Report on vaccination in the Province of Bengal - 1874-1889
Year: 1874
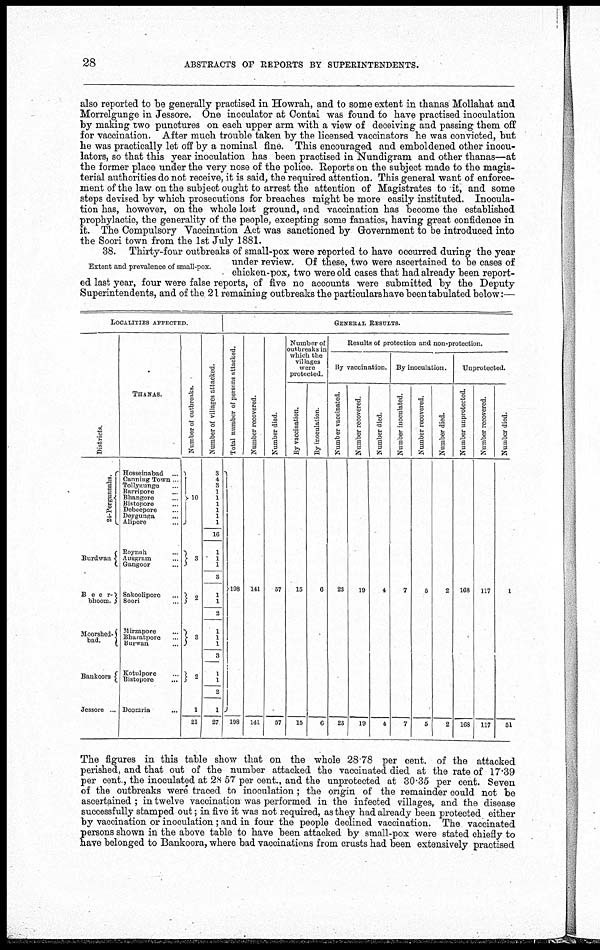
28
ABSTRACTS OF REPORTS BY SUPERINTENDENTS.
also reported to be generally practised in Howrah, and to some extent in thanas Mollahat and
Morrelgunge in Jessore. One inoculator at Contai was found to have practised inoculation
by making two punctures on each upper arm with a view of deceiving and passing them off
for vaccination. After much trouble taken by the licensed vaccinators he was convicted, but
he was practically let off by a nominal fine. This encouraged and emboldened other inocu¬
lators, so that this year inoculation has been practised in Nundigram and other thanas—at
the former place under the very nose of the police. Reports on the subject made to the magis-
terial authorities do not receive, it is said, the required attention. This general want of enforce-
ment of the law on the subject ought to arrest the attention of Magistrates to it, and some
steps devised by which prosecutions for breaches might be more easily instituted. Inocula-
tion has, however, on the whole lost ground, and vaccination has become the established
prophylactic, the generality of the people, excepting some fanatics, having great confidence in
it. The Compulsory Vaccination Act was sanctioned by Government to be introduced into
the Soori town from the 1st July 1881.
Extent and prevalence of small-pox.
38. Thirty-four outbreaks of small-pox were reported to have occurred during the year
under review. Of these, two were ascertained to be cases of
chicken-pox, two were old cases that had already been report-
ed last year, four were false reports, of five no accounts were submitted by the Deputy
Superintendents, and of the 21 remaining outbreaks the particulars have been tabulated below:—
LOCALITIES AFFECTED.
Districts.
24-Pergunnahs.
Burdwan...
Beer-
bhoom.
Moorshed-
bad.
Bankoora
Jessore ...
THANAS.
Hosseinabad ...
Canning Town...
Tollygunge...
Barripore... ...
Bhangore...
Bistopore...
Debeepore...
Deygunga...
Ahpore...
Roynah...
Ausgram...
Gangoor...
Sakoolipore...
Soori...
Mirzapore...
Bharatpore...
Burwan...
Kotulpore...
Bistopore...
Doomria...
Number of outbreaks.
10
3
2
3
2
1
21
Number of villages attacked.
3
4
3
1
1
1
1
1
1
16
1
1
1
3
1
1
2
1
1
1
3
1
1
2
1
27
GENERAL RESULTS.
Total number of persons attacked.
198
198
Number recovered.
141
141
Number died.
57
57
Number of
outbreaks in
which the
villages
were
protected.
By vaccination.
15
15
By inoculation.
6
6
Results of protection and non-protection.
By vaccination.
Number vaccinated.
23
23
Number recovered.
Number died.
19
19
4
4
By inoculation.
Number inoculated.
Number recovered.
Number died.
7
7
5
5
2
2
Unprotected.
Number unprotected.
168
168
Number recovered.
117
117
Number died.
1
51
The figures in this table show that on the whole 28.78 per cent. of the attacked
perished, and that out of the number attacked the vaccinated died at the rate of 17.39
per cent, the inoculated at 28.57 per cent., and the unprotected at 30.35 per cent. Seven
of the outbreaks were traced to inoculation; the origin of the remainder could not be
ascertained; in twelve vaccination was performed in the infected villages, and the disease
successfully stamped out; in five it was not required, as they had already been protected either
by vaccination or inoculation; and in four the people declined vaccination. The vaccinated
persons shown in the above table to have been attacked by small-pox were stated chiefly to
have belonged to Bankoora, where bad vaccinations from crusts had been extensively practised